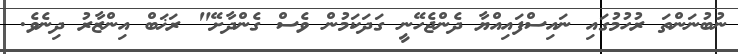
ނުބުނަންތަ ރުހުމުގައި ނައިސްފައިއްޔާ ދެންޖެހޭނީ ގަދަކަމުން ވެސް ގެންދާށޭ" ރަޚަބް އިންޒާރު ދިނެވެ.